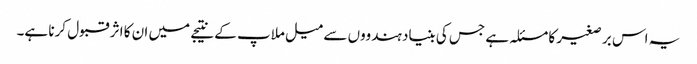
یہ اس بر صغیر کا مسئلہ ہے جس کی بنیاد ہندووں سے میل ملاپ کے نتیجے میں ان کا اثر قبول کرنا ہے۔